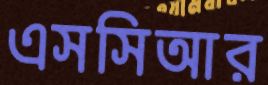
এসসিআর